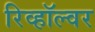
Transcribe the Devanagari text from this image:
रिव्हॉल्वर